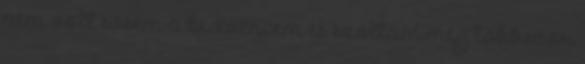
nem volt sosem a kedvencem és szóltam meg többször